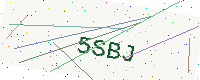
Text: 5SBJ